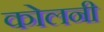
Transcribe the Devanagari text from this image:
कोलनी